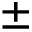
\pm